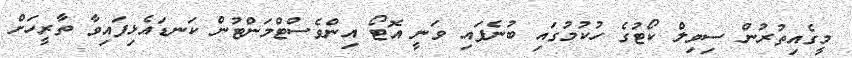
މީގެއިތުރުން ސިވިލް ކޯޓުގެ ހުކުމުގައި ބުނެފައި ވަނީ އޮޓޯ އިންވެސްޓްމަންޓުން ކަނޑައެޅިފައިވާ ތާރީހަށް